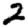
Digit: 2